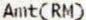
AMT(RM)